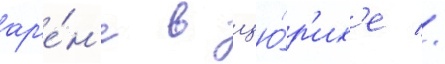
ар'е́н'е в цю́р'их'е //